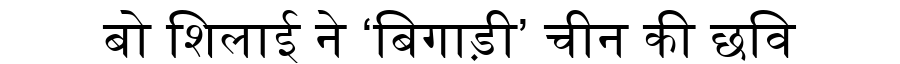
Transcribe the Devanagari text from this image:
बो शिलाई ने ‘बिगाड़ी’ चीन की छवि